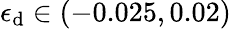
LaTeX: \epsilon_{\mathrm{d}}\in(-0.025,0.02)